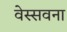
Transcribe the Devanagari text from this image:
वेस्सवना